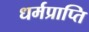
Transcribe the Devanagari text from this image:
धर्मप्राप्ति